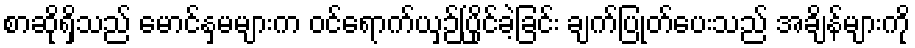
စာဆိုရှိသည် မောင်နှမများက ဝင်ရောက်ယှဉ်ပြိုင်ခဲ့ခြင်း ချက်ပြုတ်ပေးသည် အချိန်များကို